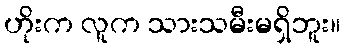
ဟိုးက လူက သားသမီးမရှိဘူး။